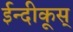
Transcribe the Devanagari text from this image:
ईन्दीकूस्